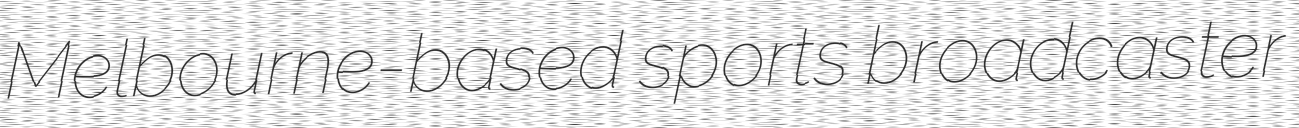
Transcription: Melbourne-based sports broadcaster